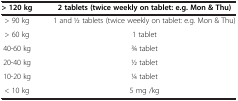
| > 120 kg | 2 tablets (twice weekly on tablet: e.g. Mon & Thu) |
 | --- | --- |
 | > 90 kg | 1 and 1⁄2 tablets (twice weekly on tablet: e.g. Mon & Thu) |
 | > 60 kg | 1 tablet |
 | 40-60 kg | 3⁄4 tablet |
 | 20-40 kg | 1⁄2 tablet |
 | 10-20 kg | 1⁄4 tablet |
 | < 10 kg | 5 mg /kg |